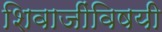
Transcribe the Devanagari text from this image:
शिवाजींविषयी